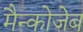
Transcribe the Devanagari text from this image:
मैन्कोजेब